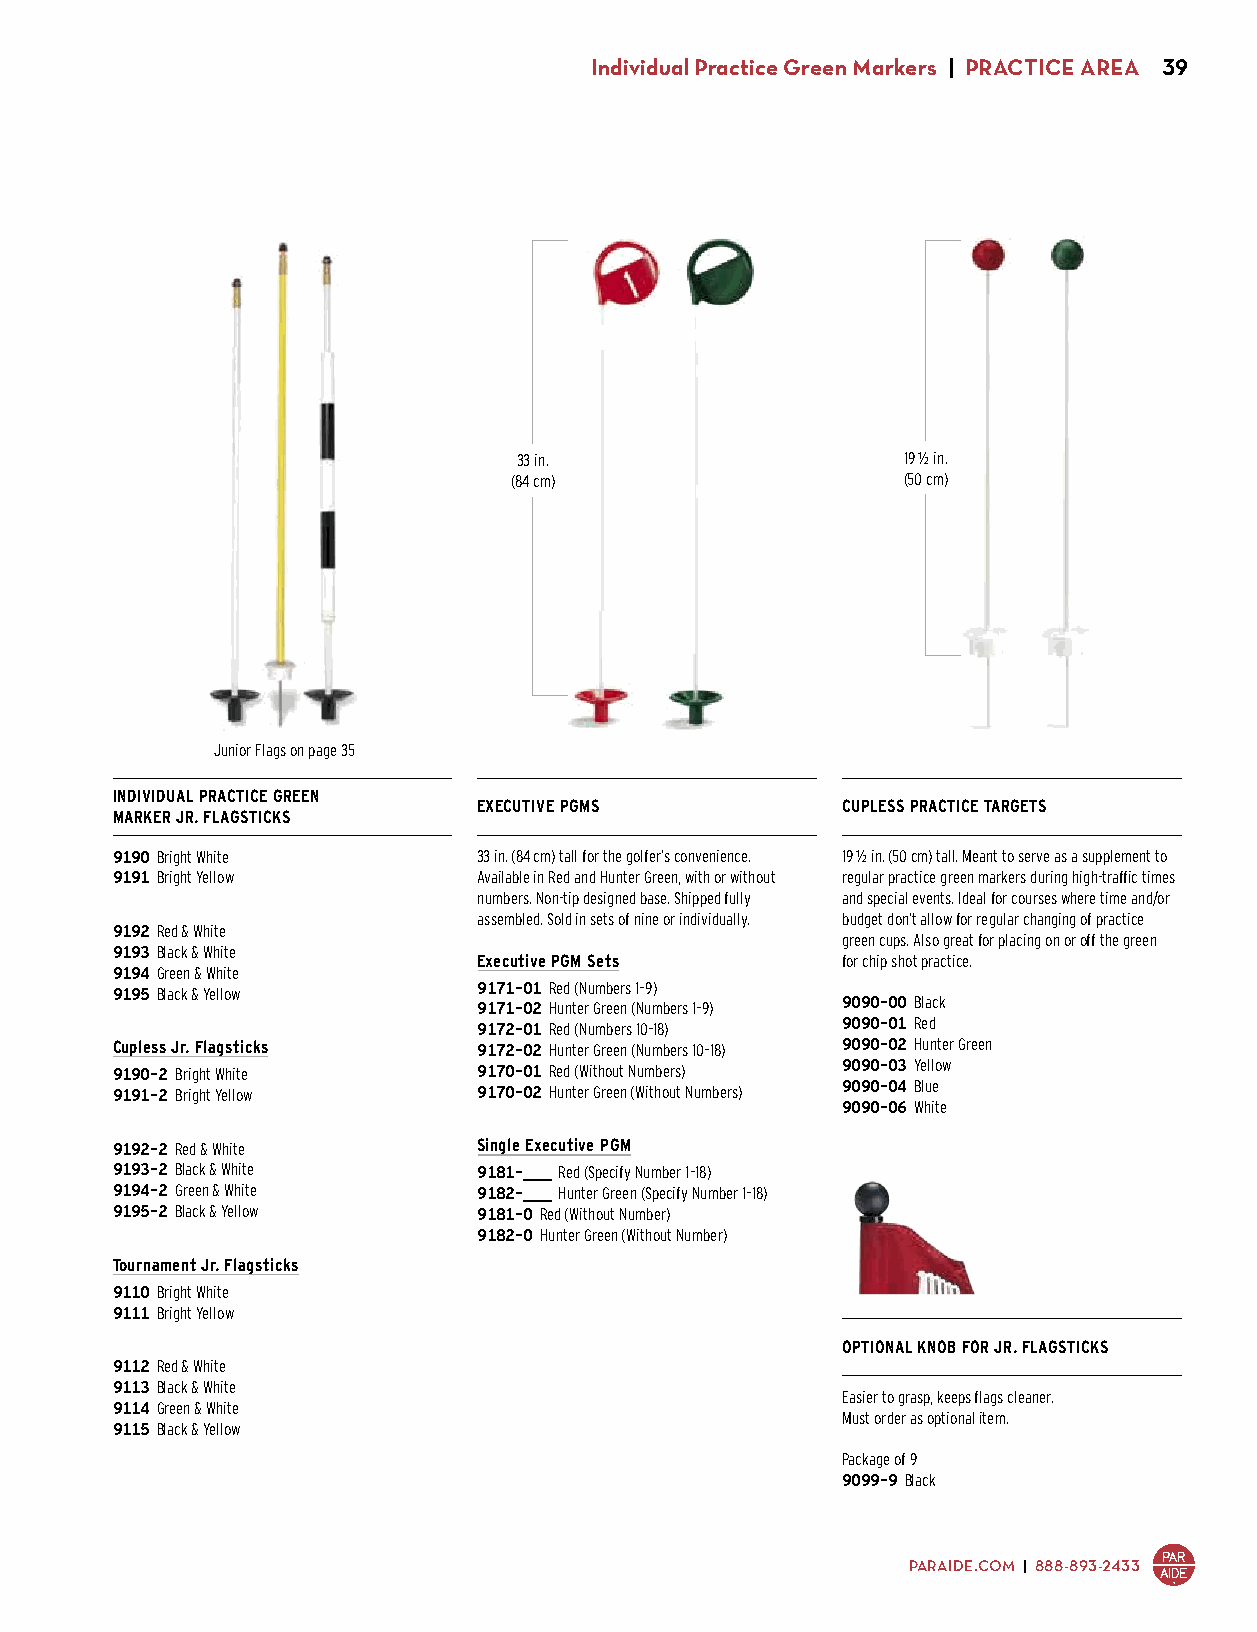
Individual Practice Green Markers | PRACTICE AREA 39
 33 in.                    19 1/2 in.
 (84 cm)                   (50 cm)
 Junior Flags on page 35
 INDIVIDUAL PRACTICE GREEN
 E XECUTIVE PGMS         CUPLESS PRACTICE TARGETS
 MARKER JR. FLAGSTICKS
 9190 Bright White        33 in. (84 cm) tall for the golfer’s convenience. 19 1/2 in. (50 cm) tall. Meant to serve as a supplement to
 9191 Bright Yellow       Available in Red and Hunter Green, with or without regular practice green markers during high-traffic times
 $15.75                   numbers. Non-tip designed base. Shipped fully and special events. Ideal for courses where time and/or
 assembled. Sold in sets of nine or individually. budget don’t allow for regular changing of practice
 9192 Red & White
 green cups. Also great for placing on or off the green
 9193 Black & White
 Executive PGM Sets      for chip shot practice.
 9194 Green & White
 9195 Black & Yellow      9171-01 Red (Numbers 1–9)
 $18.00                   9171-02 Hunter Green (Numbers 1–9) 9090-00 Black
 9172-01 Red (Numbers 10–18) 9090-01 Red
 Cupless Jr. Flagsticks   9172-02 Hunter Green (Numbers 10–18) 9090-02 Hunter Green
 9190-2 Bright White      9170-01 Red (Without Numbers) 9090-03 Yellow
 9191-2 Bright Yellow     9170-02 Hunter Green (Without Numbers) 9090-04 Blue
 $15.75                   $155.25                 9090-06 White
 $15.50
 9192-2 Red & White       Single Executive PGM
 9193-2 Black & White     9181-___ Red (Specify Number 1–18)
 9194-2 Green & White     9182-___ Hunter Green (Specify Number 1–18)
 9195-2 Black & Yellow    9181-0 Red (Without Number)
 $18.00                   9182-0 Hunter Green (Without Number)
 $18.25
 Tournament Jr. Flagsticks
 9110 Bright White
 9111 Bright Yellow
 $26.00
 OPTIONAL KNOB FOR JR. FLAGSTICKS
 9112 Red & White
 9113 Black & White
 Easier to grasp, keeps flags cleaner.
 9114 Green & White
 Must order as optional item.
 9115 Black & Yellow
 $33.00
 Package of 9
 9099-9 Black
 $22.00
 PARAIDE.COM | 888-893-2433